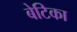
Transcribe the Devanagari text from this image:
बेटिका